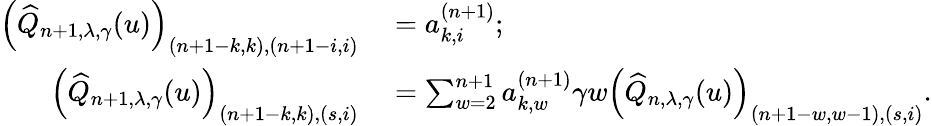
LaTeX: \begin{array}{rl}{\left(\widehat{Q}_{n+1,\lambda,\gamma}(u)\right)_{(n+1-k,k),(n+1-i,i)}}&{{}=a_{k,i}^{(n+1)};}\\ {\left(\widehat{Q}_{n+1,\lambda,\gamma}(u)\right)_{(n+1-k,k),(s,i)}}&{{}=\sum_{w=2}^{n+1}a_{k,w}^{(n+1)}\gamma w\left(\widehat{Q}_{n,\lambda,\gamma}(u)\right)_{(n+1-w,w-1),(s,i)}.}\end{array}